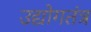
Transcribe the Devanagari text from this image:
उद्योगतंत्र